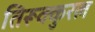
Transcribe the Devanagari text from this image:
तिरूक्कुरल